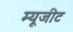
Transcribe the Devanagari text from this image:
म्यूजीट